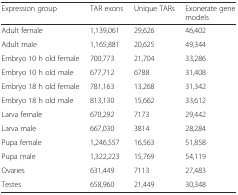
| Expression group | TAR exons | Unique TARs | Exonerate gene models |
 | --- | --- | --- | --- |
 | Adult female | 1,139,061 | 29,626 | 46,402 |
 | Adult male | 1,165,881 | 20,625 | 49,344 |
 | Embryo 10 h old female | 700,773 | 21,704 | 33,286 |
 | Embryo 10 h old male | 677,712 | 6788 | 31,408 |
 | Embryo 18 h old female | 781,163 | 13,268 | 31,342 |
 | Embryo 18 h old male | 813,130 | 15,662 | 33,612 |
 | Larva female | 670,292 | 7173 | 29,442 |
 | Larva male | 667,030 | 3814 | 28,284 |
 | Pupa female | 1,246,557 | 16,563 | 51,858 |
 | Pupa male | 1,322,223 | 15,769 | 54,119 |
 | Ovaries | 631,449 | 7113 | 27,483 |
 | Testes | 658,960 | 21,449 | 30,348 |